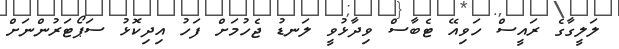
ލަލީގާގެ ރައީސް ހަވިއޭ ޓެބާސް ވިދާޅުވީ ލަނޑު ޖެހުމަށް ފަހު އިދިކޮޅު ސަޕޯޓަރުންނަށް